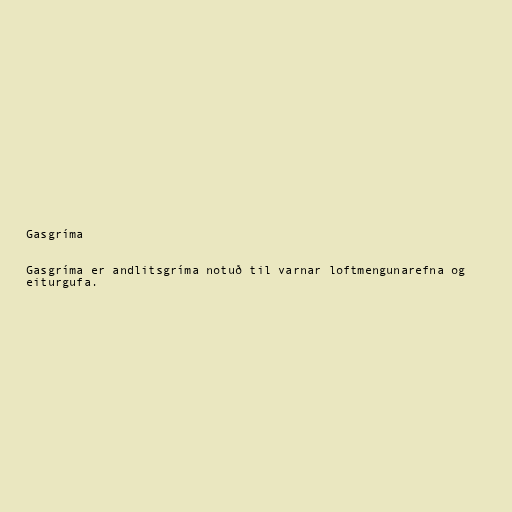
Gasgríma

Gasgríma er andlitsgríma notuð til varnar loftmengunarefna og
eiturgufa.